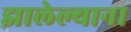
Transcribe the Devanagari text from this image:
झालेल्याना